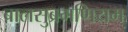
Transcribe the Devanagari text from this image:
बालसुब्रमणियम